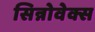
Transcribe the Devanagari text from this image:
सिन्नोवेक्स